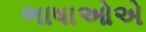
ભાષાઓએ